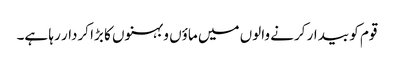
قوم کو بیدار کرنے والوں میں ماؤں و بہنوں کا بڑا کردار رہا ہے۔